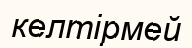
келтірмей